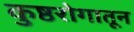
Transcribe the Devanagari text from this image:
कुष्ठरोगातून